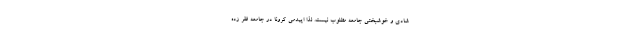
شادی و خوشبختی جامعه مطلوب نیست. لذا اپیدمی کرونا در جامعه فقر زده